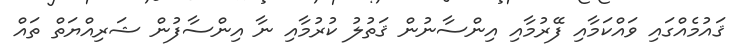
ޤައުމެއްގައި ވައްކަމާއި ފޭރުމާއި އިންސާނުން ޤަތުލު ކުރުމާއި ނާ އިންސާފުން ޝަރިއްޔަތް ތައް